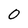
Character: 0